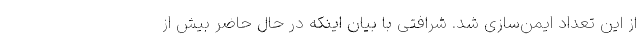
از این تعداد ایمن‌سازی شد. شرافتی با بیان اینکه در حال حاضر بیش از